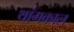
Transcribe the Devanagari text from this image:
थांगकाल